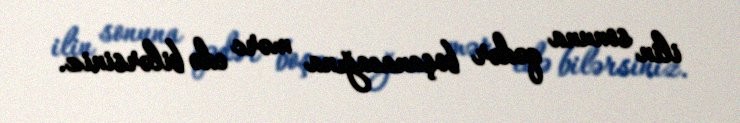
ilin sonuna qədər boşanacağına mərc edə bilərsiniz.